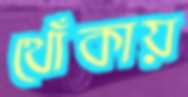
থোঁকায়